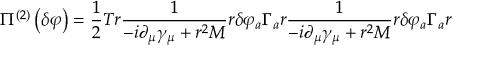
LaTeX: \Pi ^ { \left( 2 \right) } \left( \delta \varphi \right) = \frac 1 2 T r \frac 1 { - i \partial _ { \mu } \gamma _ { \mu } + r ^ { 2 } M } r \delta \varphi _ { a } \Gamma _ { a } r \frac 1 { - i \partial _ { \mu } \gamma _ { \mu } + r ^ { 2 } M } r \delta \varphi _ { a } \Gamma _ { a } r